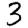
Digit: 3